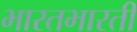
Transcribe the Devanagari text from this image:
भारतभारती